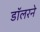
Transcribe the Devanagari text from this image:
डॉलरने